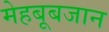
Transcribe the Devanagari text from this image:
मेहबूबजान